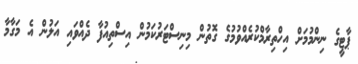
ޕާޓީގެ ނިންމުމަށް އިހްތިރާމްކުރެއްވުމުގެ ގޮތުން މިނިސްޓަރުކަމުން އިސްތިއުފާ ދެއްވައި އަލުން އެ މަގާމާ